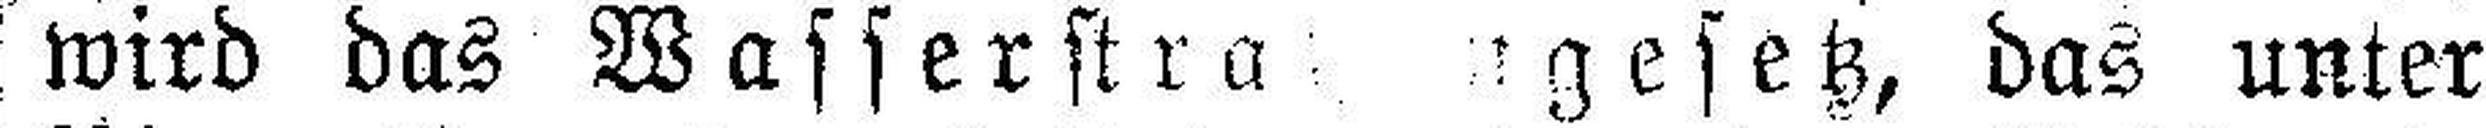
wird das Wasserstra###gesetz, das unter